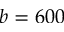
b = 6 0 0